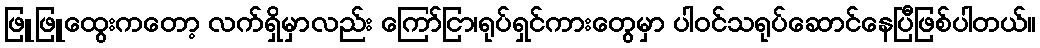
ဖြူဖြူထွေးကတော့ လက်ရှိမှာလည်း ကြော်ငြာ၊ရုပ်ရှင်ကားတွေမှာ ပါဝင်သရုပ်ဆောင်နေပြီဖြစ်ပါတယ်။